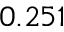
0 . 2 5 1